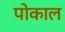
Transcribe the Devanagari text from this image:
पोकाल